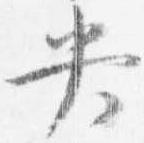
央